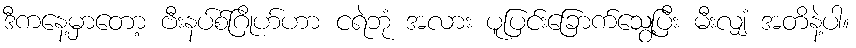
ဒီကနေ့မှာတော့ ဗီးနပ်စ်ဂြိုဟ်ဟာ ငရဲဘုံ အလား ပူပြင်းခြောက်သွေ့ပြီး မီးလျှံ အတိနဲ့ပါ။